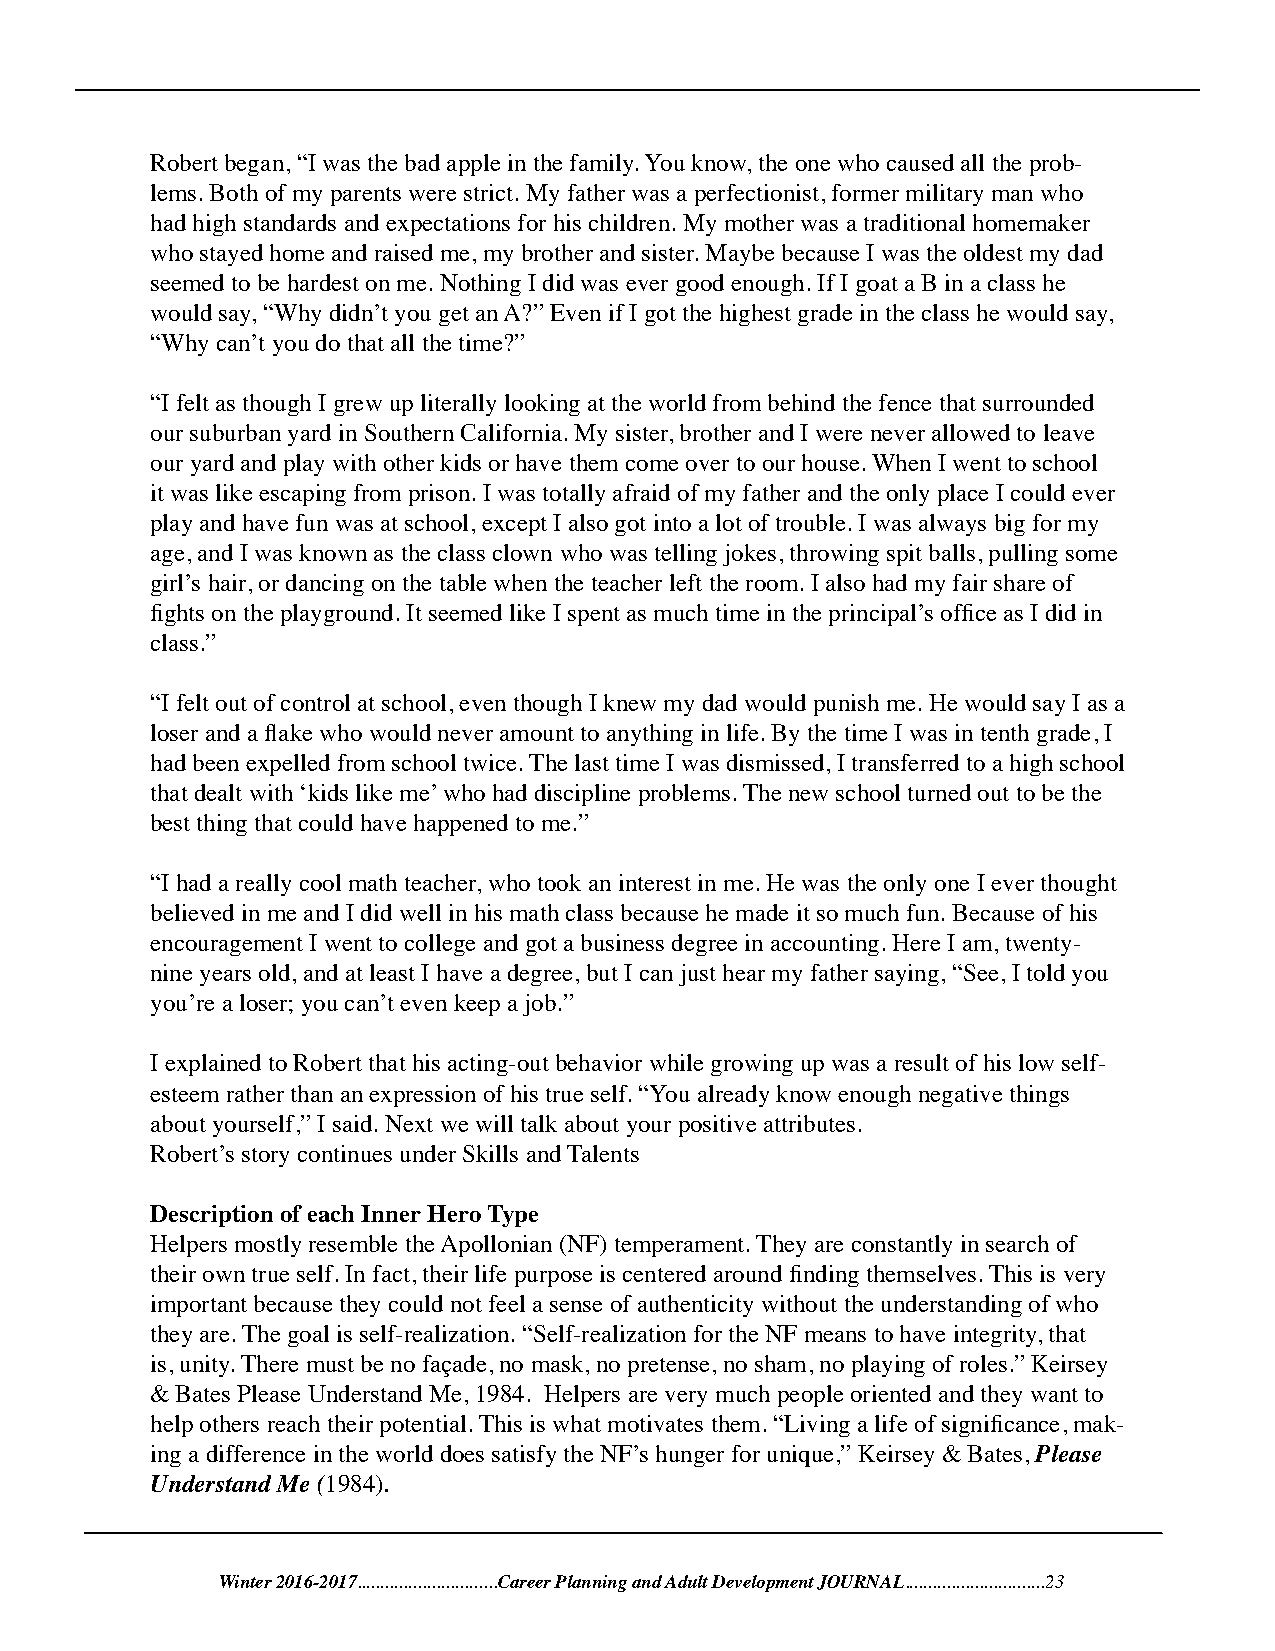
Robert began, “I was the bad apple in the family. You know, the one who caused all the prob-
 lems. Both of my parents were strict. My father was a perfectionist, former military man who
 had high standards and expectations for his children. My mother was a traditional homemaker
 who stayed home and raised me, my brother and sister. Maybe because I was the oldest my dad
 seemed to be hardest on me. Nothing I did was ever good enough. If I goat a B in a class he
 would say, “Why didn’t you get an A?” Even if I got the highest grade in the class he would say,
 “Why can’t you do that all the time?”
 “I felt as though I grew up literally looking at the world from behind the fence that surrounded
 our suburban yard in Southern California. My sister, brother and I were never allowed to leave
 our yard and play with other kids or have them come over to our house. When I went to school
 it was like escaping from prison. I was totally afraid of my father and the only place I could ever
 play and have fun was at school, except I also got into a lot of trouble. I was always big for my
 age, and I was known as the class clown who was telling jokes, throwing spit balls, pulling some
 girl’s hair, or dancing on the table when the teacher left the room. I also had my fair share of
 fights on the playground. It seemed like I spent as much time in the principal’s office as I did in
 class.”
 “I felt out of control at school, even though I knew my dad would punish me. He would say I as a
 loser and a flake who would never amount to anything in life. By the time I was in tenth grade, I
 had been expelled from school twice. The last time I was dismissed, I transferred to a high school
 that dealt with ‘kids like me’ who had discipline problems. The new school turned out to be the
 best thing that could have happened to me.”
 “I had a really cool math teacher, who took an interest in me. He was the only one I ever thought
 believed in me and I did well in his math class because he made it so much fun. Because of his
 encouragement I went to college and got a business degree in accounting. Here I am, twenty-
 nine years old, and at least I have a degree, but I can just hear my father saying, “See, I told you
 you’re a loser; you can’t even keep a job.”
 I explained to Robert that his acting-out behavior while growing up was a result of his low self-
 esteem rather than an expression of his true self. “You already know enough negative things
 about yourself,” I said. Next we will talk about your positive attributes.
 Robert’s story continues under Skills and Talents
 Description of each Inner Hero Type
 Helpers mostly resemble the Apollonian (NF) temperament. They are constantly in search of
 their own true self. In fact, their life purpose is centered around finding themselves. This is very
 important because they could not feel a sense of authenticity without the understanding of who
 they are. The goal is self-realization. “Self-realization for the NF means to have integrity, that
 is, unity. There must be no façade, no mask, no pretense, no sham, no playing of roles.” Keirsey
 & Bates Please Understand Me, 1984. Helpers are very much people oriented and they want to
 help others reach their potential. This is what motivates them. “Living a life of significance, mak-
 ing a difference in the world does satisfy the NF’s hunger for unique,” Keirsey & Bates, Please
 Understand Me (1984).
 Winter 2016-2017..............................Career Planning and Adult Development JOURNAL..............................23